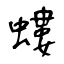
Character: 螻